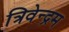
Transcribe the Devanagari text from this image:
त्रिवेन्‍द्रम